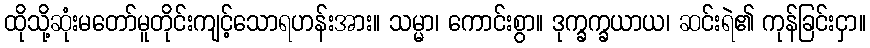
ထိုသို့ဆုံးမတော်မူတိုင်းကျင့်သောရဟန်းအား။ သမ္မာ၊ ကောင်းစွာ။ ဒုက္ခက္ခယာယ၊ ဆင်းရဲ၏ ကုန်ခြင်းငှာ။